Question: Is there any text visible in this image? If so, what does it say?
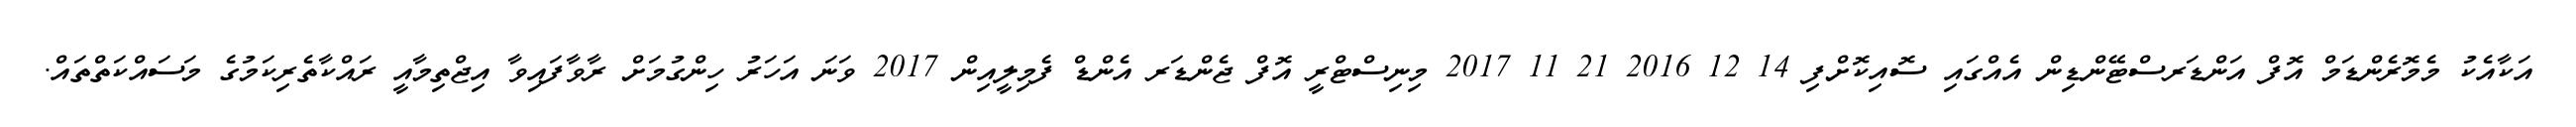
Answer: އަކާއެކު މެމޮރެންޑަމް އޮފް އަންޑަރސްޓޭންޑިން އެއްގައި ސޮއިކޮށްފި 14 12 2016 21 11 2017 މިނިސްޓްރީ އޮފް ޖެންޑަރ އެންޑް ފެމިލީއިން 2017 ވަނަ އަހަރު ހިންގުމަށް ރާވާފައިވާ އިޖްތިމާއީ ރައްކާތެރިކަމުގެ މަސައްކަތްތައް.